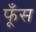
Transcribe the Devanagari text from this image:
फूँस